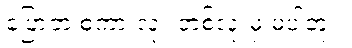
ပြောတဲ့ စကားလုံး တစ်လုံးမှ မပါဘူး။